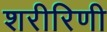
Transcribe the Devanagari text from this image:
शरीरिणी